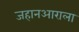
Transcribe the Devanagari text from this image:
जहानआराला